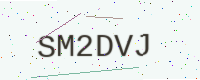
Text: SM2DVJ